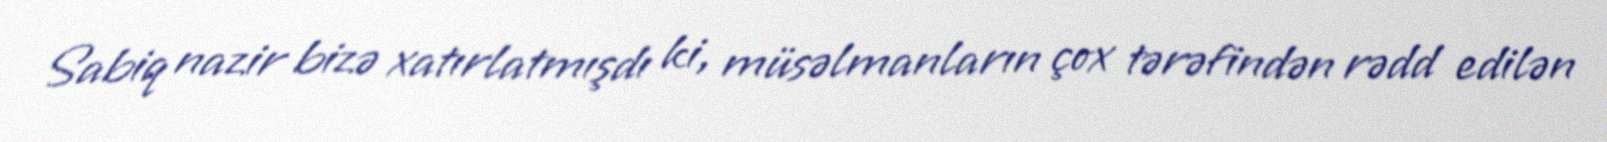
Sabiq nazir bizə xatırlatmışdı ki, müsəlmanların çox tərəfindən rədd edilən